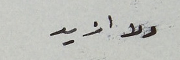
ولا ازيد